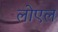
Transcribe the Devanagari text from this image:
लोएल